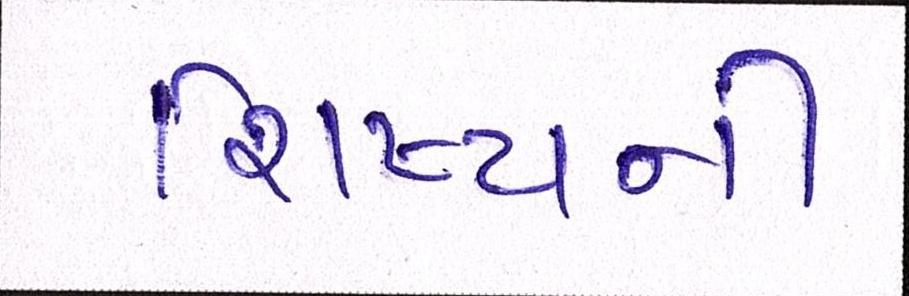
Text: શિષ્યની